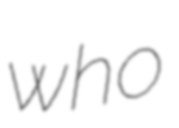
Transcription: who